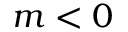
m < 0